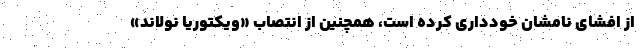
از افشای نامشان خودداری کرده است، همچنین از انتصاب «ویکتوریا نولاند»